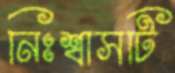
নিঃশ্বাসটি